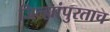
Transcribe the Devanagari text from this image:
जिल्ह्यांपुरताच